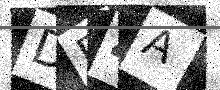
Text: DF4A